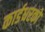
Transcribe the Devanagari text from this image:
कार्डधरकों